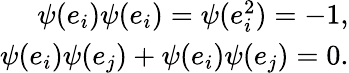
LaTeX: \begin{array}{r}{\psi(e_{i})\psi(e_{i})=\psi(e_{i}^{2})=-1,}\\ {\psi(e_{i})\psi(e_{j})+\psi(e_{i})\psi(e_{j})=0.}\end{array}